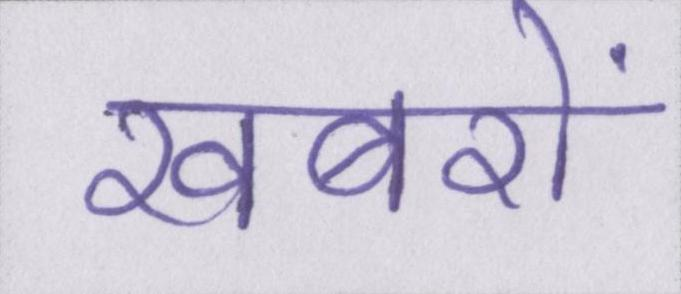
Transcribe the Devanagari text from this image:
खबरों